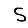
Digit: 5